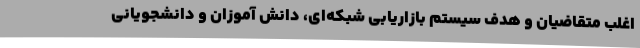
اغلب متقاضیان و هدف سیستم بازاریابی شبکه‌ای، دانش آموزان و دانشجویانی